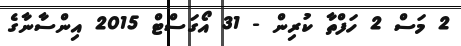
2 މަސް 2 ހަފްތާ ކުރިން - 31 އޯގަސްޓް 2015 އިންސާނާގެ